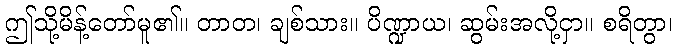
ဤသို့မိန့်တော်မူ၏။ တာတ၊ ချစ်သား။ ပိဏ္ဍာယ၊ ဆွမ်းအလို့ငှာ။ စရိတွာ၊